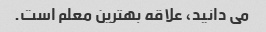
می دانید، علاقه بهترین معلم است.